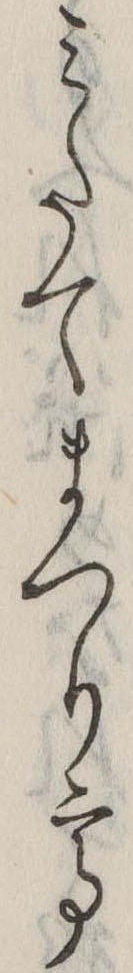
みたてまつりて